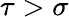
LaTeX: \tau>\sigma